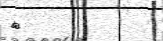
٩